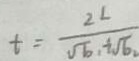
t = \frac { 2 L } { \sqrt { b _ { 1 } } + \sqrt { b _ { 2 } } }